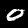
Digit: 0